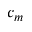
c _ { m }